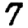
Digit: 7